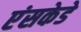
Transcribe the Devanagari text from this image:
एंसकेडे